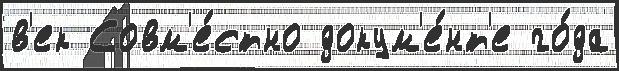
в'ек Совм'е́стно докум'е́нт'е го́да